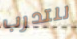
للتدرب